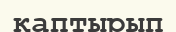
қаптырып